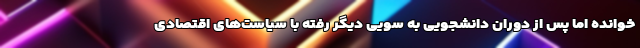
خوانده اما پس از دوران دانشجویی به سویی دیگر رفته با سیاست‌های اقتصادی